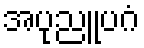
အပုညူပဂံ